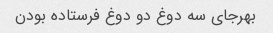
بهرجای سه دوغ دو دوغ فرستاده بودن